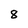
Character: 8